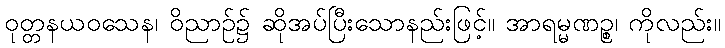
ဝုတ္တနယဝသေန၊ ဝိညာဉ်၌ ဆိုအပ်ပြီးသောနည်းဖြင့်။ အာရမ္မဏဉ္စ၊ ကိုလည်း။